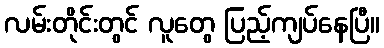
လမ်းတိုင်းတွင် လူတွေ ပြည့်ကျပ်နေပြီ။